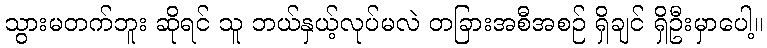
သွားမတက်ဘူး ဆိုရင် သူ ဘယ်နှယ့်လုပ်မလဲ တခြားအစီအစဉ် ရှိချင် ရှိဦးမှာပေါ့။